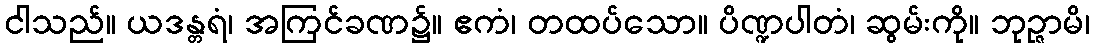
ငါသည်။ ယဒန္တရံ၊ အကြင်ခဏ၌။ ဧကံ၊ တထပ်သော။ ပိဏ္ဍပါတံ၊ ဆွမ်းကို။ ဘုဉ္ဇာမိ၊